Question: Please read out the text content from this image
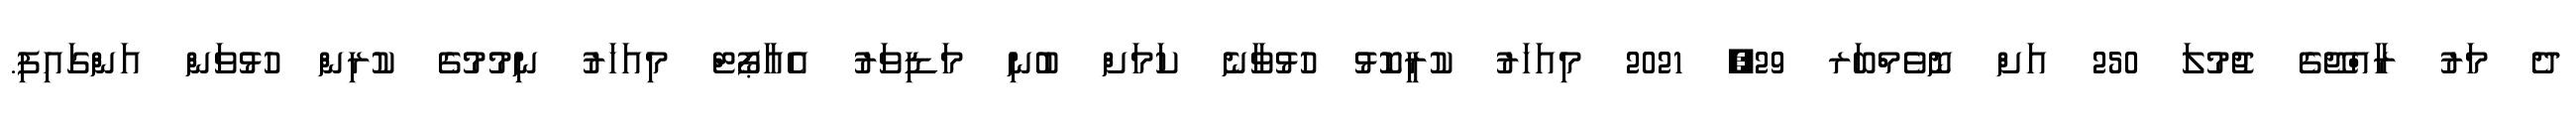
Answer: ދެ މަރު ރާއްޖޭގެ ޖުމުލަ 250 އަށް ނޮވެމްބަރ 29, 2021 މިއަހަރު ކުރީކޮޅު ހުޅުވާނެ ކަމަށް ބުނި މަޑިވަރު އެއާޕޯޓް މިއަހަރު ނިމުމުގެ ކުރިން ހުޅުވަން އަންގައިފި.